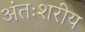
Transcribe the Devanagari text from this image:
अंतःशरीय